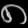
Digit: ၈